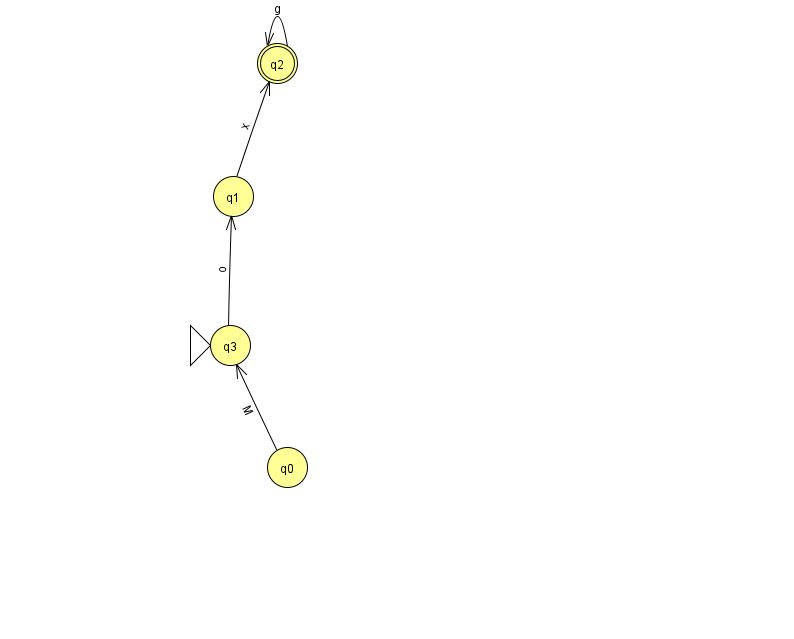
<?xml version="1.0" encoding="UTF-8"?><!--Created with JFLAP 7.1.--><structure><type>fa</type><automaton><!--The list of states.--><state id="0" name="q0"><x>287.0</x><y>454.0</y></state><state id="1" name="q1"><x>233.0</x><y>183.0</y></state><state id="2" name="q2"><x>277.0</x><y>50.0</y><final/></state><state id="3" name="q3"><x>230.0</x><y>332.0</y><initial/></state><!--The list of transitions.--><transition><from>1</from><to>2</to><read>x</read></transition><transition><from>2</from><to>2</to><read>g</read></transition><transition><from>0</from><to>3</to><read>M</read></transition><transition><from>3</from><to>1</to><read>o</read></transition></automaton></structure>